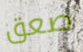
صعق